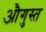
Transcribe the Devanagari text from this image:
औगुस्त